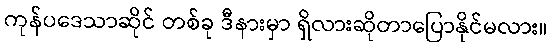
ကုန်ပဒေသာဆိုင် တစ်ခု ဒီနားမှာ ရှိလားဆိုတာပြောနိုင်မလား။